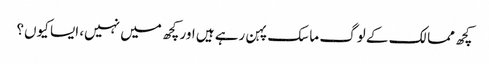
کچھ ممالک کے لوگ ماسک پہن رہے ہیں اور کچھ میں نہیں، ایسا کیوں؟